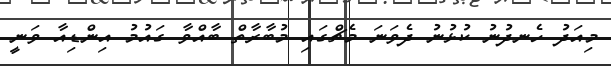
މިއަދު ހެނދުނު ކުޅުނު ދެވަނަ މެޗްގައި މުބާރާތް ބާއްވާ ގައުމު އިންޑިއާ ވަނީ